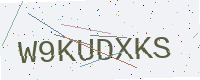
Text: W9KUDXKS